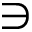
\ni